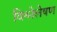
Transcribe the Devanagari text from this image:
विश्लेलेषण